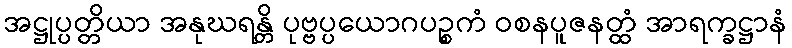
အဋ္ဌုပ္ပတ္တိယာ အနုဃရန္တိ ပုဗ္ဗပ္ပယောဂပဉ္စကံ ဝစနပူဇနတ္ထံ အာရက္ခဋ္ဌာနံ